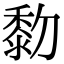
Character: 𪏯